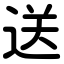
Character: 送